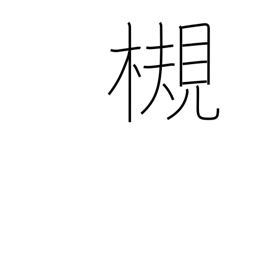
Meaning: Zelkova tree